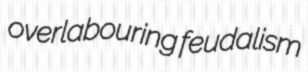
overlabouring feudalism